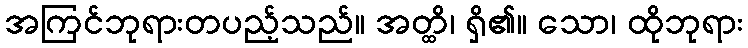
အကြင်ဘုရားတပည့်သည်။ အတ္ထိ၊ ရှိ၏။ သော၊ ထိုဘုရား